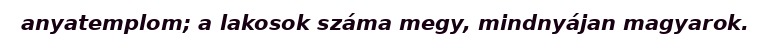
anyatemplom; a lakosok száma megy, mindnyájan magyarok.